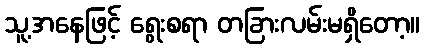
သူ့အနေဖြင့် ရွေးစရာ တခြားလမ်းမရှိတော့။